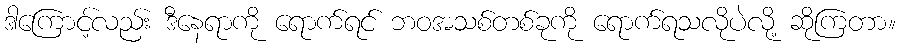
ဒါကြောင့်လည်း ဒီနေရာကို ရောက်ရင် ဘဝအသစ်တစ်ခုကို ရောက်ရသလိုပဲလို့ ဆိုကြတာ။